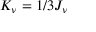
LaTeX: K _ { \nu } = 1 / 3 J _ { \nu }